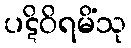
ပဋိဝိရမိံသု